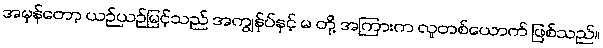
အမှန်တော့ ယဉ်ယဉ်မြင့်သည် အကျွန်ုပ်နှင့် မ တို့ အကြားက လူတစ်ယောက် ဖြစ်သည်။